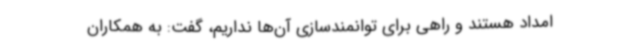
امداد هستند و راهی برای توانمندسازی آن‌ها نداریم، گفت: به همکاران